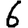
Digit: 6